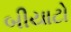
બીયાટો